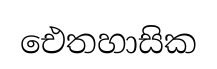
ඓතහාසික